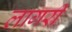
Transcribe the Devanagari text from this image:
लागरी